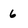
Character: 6